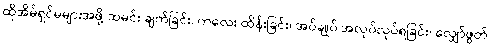
ထိုအိမ်ရှင်မများအဖို့ ထမင်း ချက်ခြင်း၊ ကလေး ထိန်းခြင်း၊ အပ်ချုပ် အလုပ်လုပ်ရခြင်း၊ လျှော်ဖွတ်